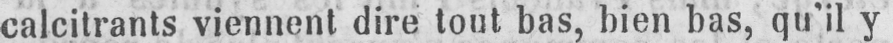
calcitrants viennent dire tout bas, bien bas, qu’il y